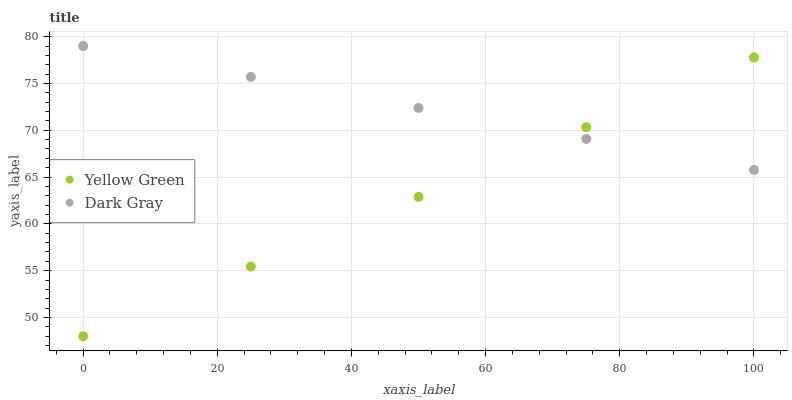
| xaxis_label | Yellow Green | Dark Gray |
 | --- | --- | --- |
 | 0 | 48 | 79 |
 | 25 | 55.4 | 75.7 |
 | 50 | 62.9 | 72.4 |
 | 75 | 70.3 | 69.1 |
 | 100 | 77.8 | 65.8 |